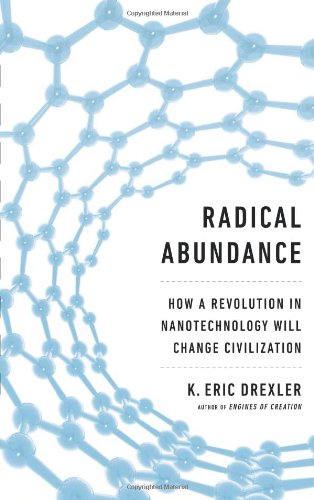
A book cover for Radical Abundance: How a Revolution in Nanotechnology Will Change Civilization; K. Eric Drexler; Science & Math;